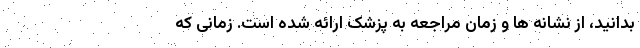
بدانید، از نشانه ها و زمان مراجعه به پزشک ارائه شده است. زمانی که